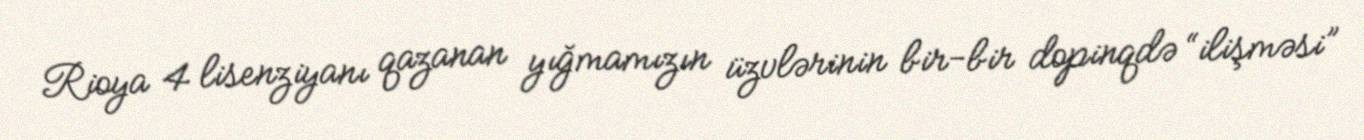
Rioya 4 lisenziyanı qazanan yığmamızın üzvlərinin bir-bir dopinqdə “ilişməsi”